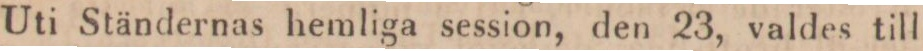
Uti Ständernas hemliga session, den 23, valdes till